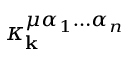
\kappa _ { \mathbf { k } } ^ { \mu \alpha _ { 1 } \hdots \alpha _ { n } }